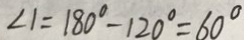
\angle 1 = 1 8 0 ^ { \circ } - 1 2 0 ^ { \circ } = 6 0 ^ { \circ }